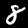
Digit: 8